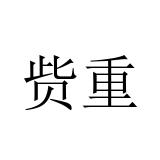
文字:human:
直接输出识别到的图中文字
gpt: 赀重